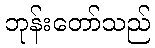
ဘုန်းတော်သည်